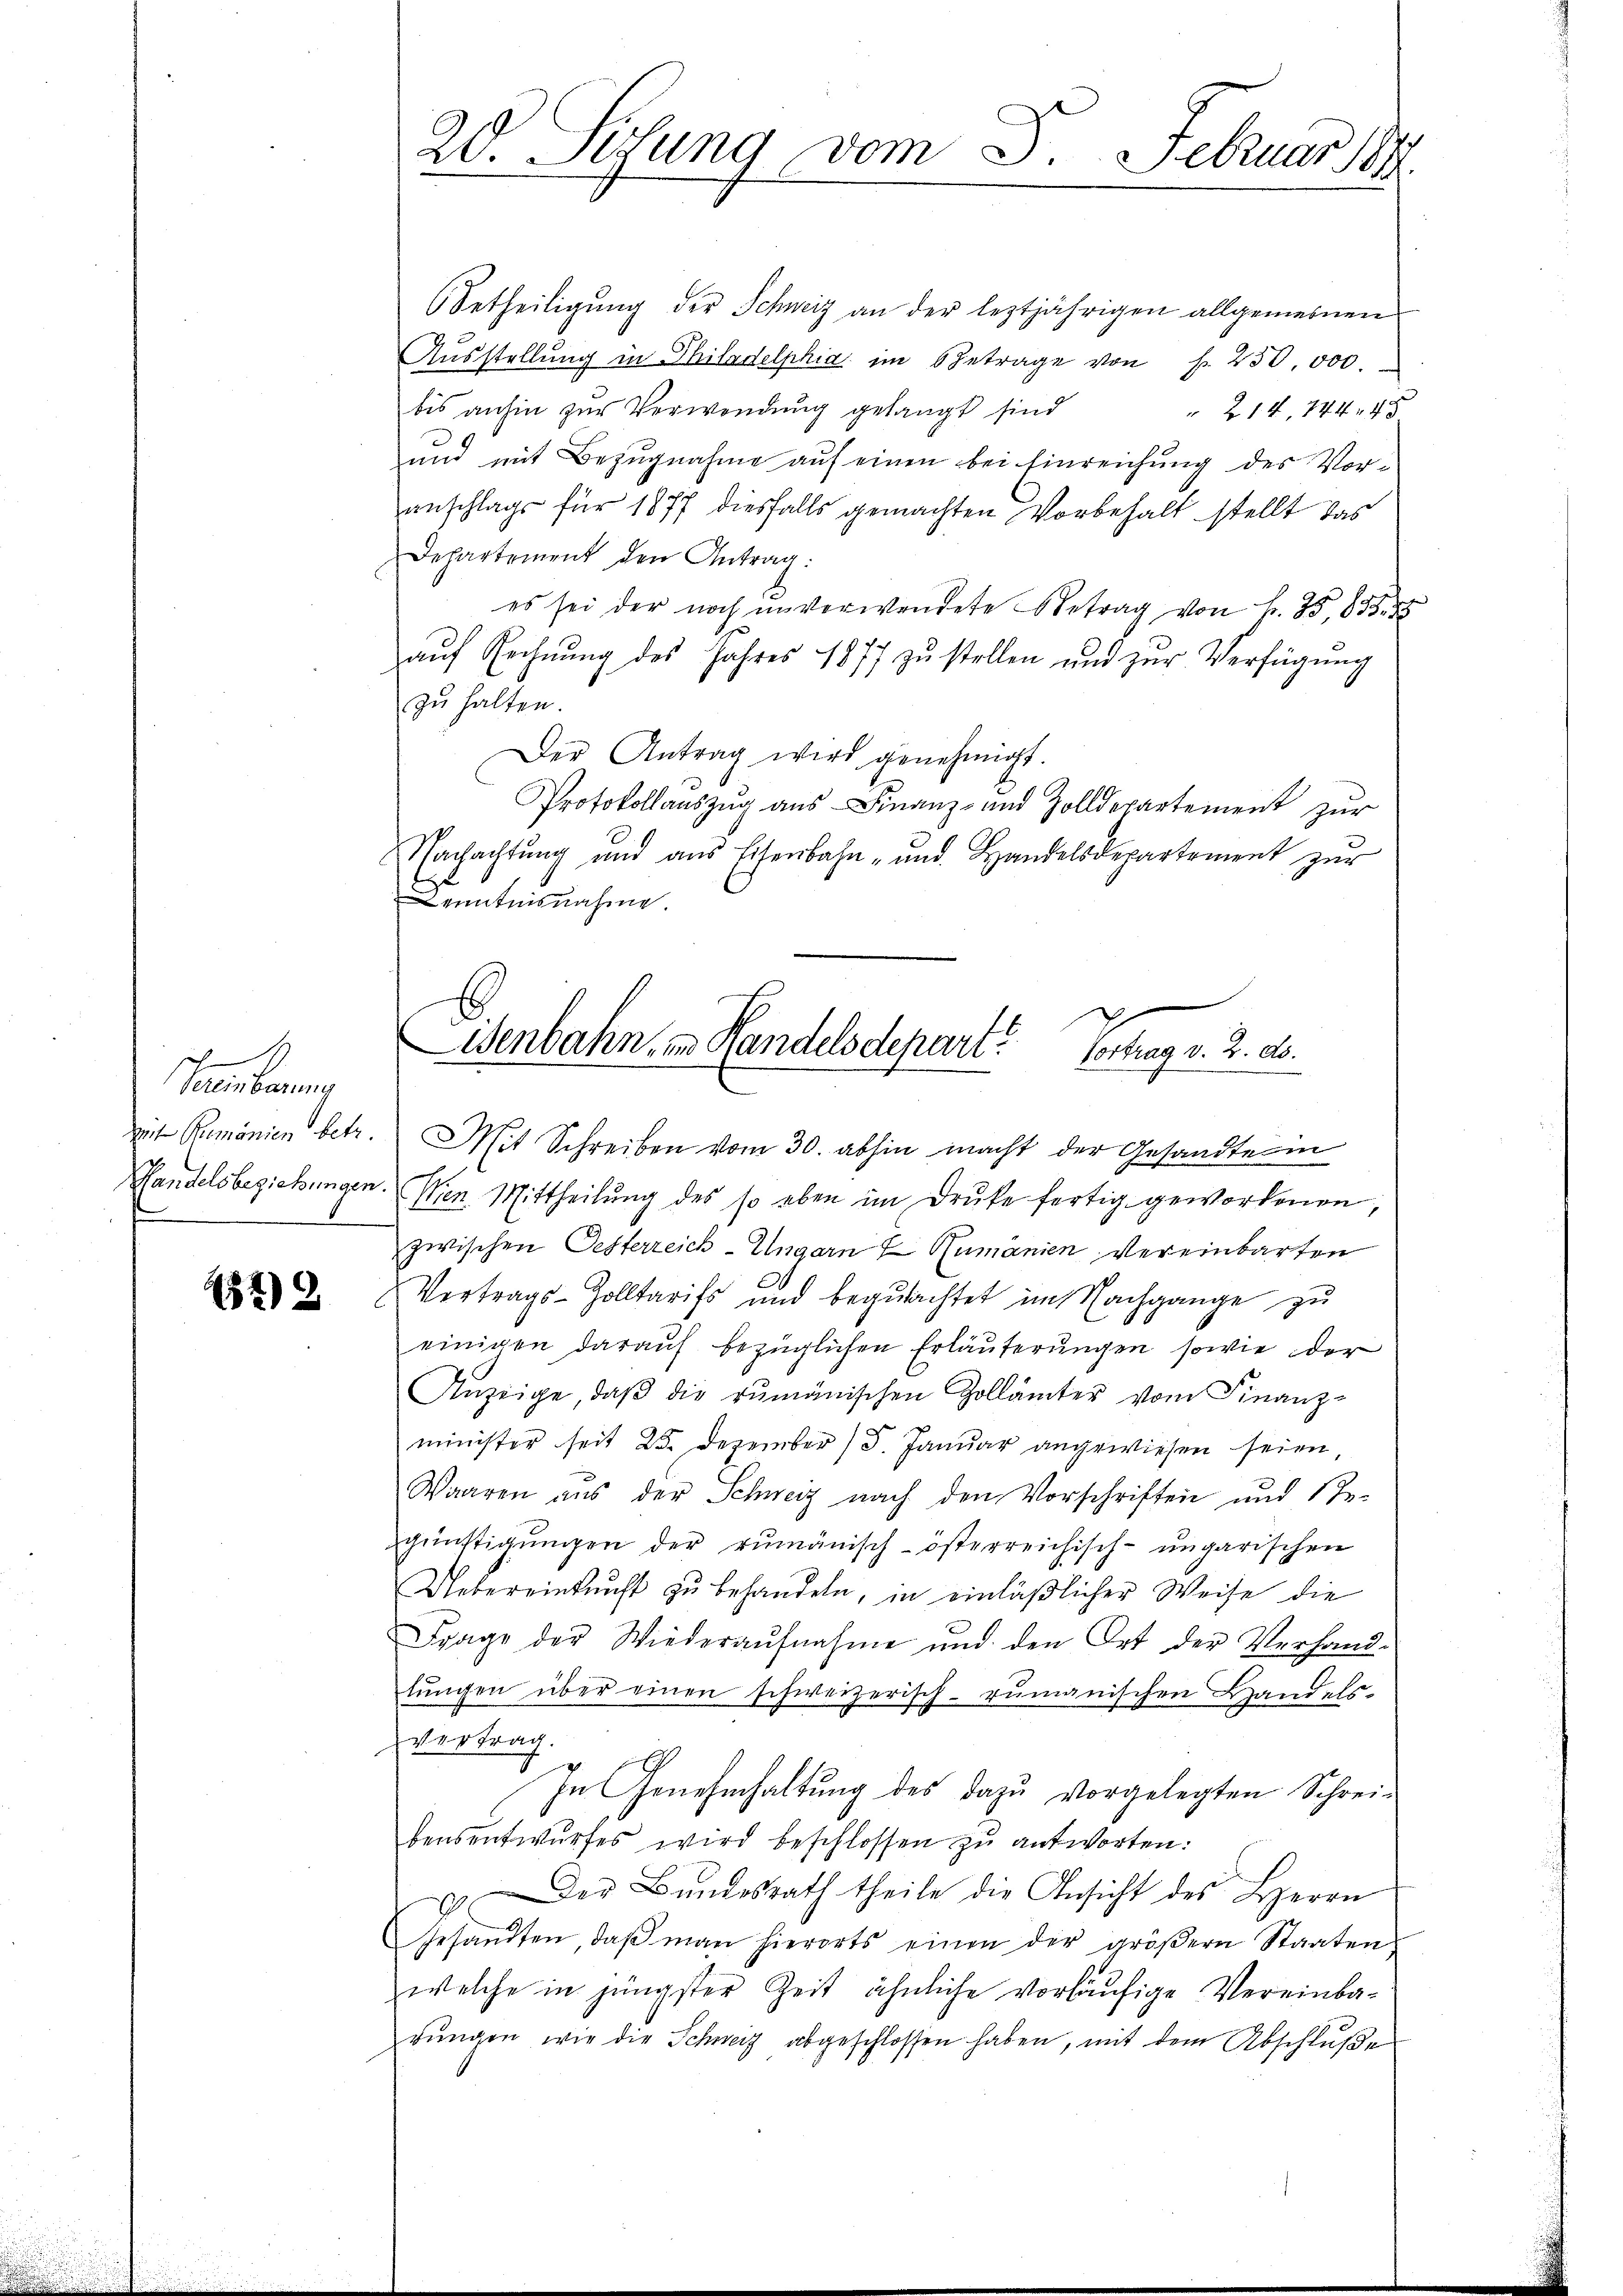
ich
Vereinbarung
Zeit Remonien betr
Handelsbeziehungen

87)

20. Sedung vom 3. Februar 1899

Betheiligung der Schweiz an der leztjährigen allgemeinen
Ausstellung in Philadelphia im Betrage von P. 250,000.
bis anhin zur Verwendung gelangt sind
 214, 744. 45
und mit Bezŭgnahme aŭf einen bei Einreichung des Voranschlags für 1877 diesfalls gemachten Vorbehalt stellt das
Departement den Antrag:
es sei der noch unverwendete Betrag von f. 25,885. 55
aŭf Rechnŭng des Jahres 1877 zŭ stellen und zŭr Verfügung
zu halten.
Der Antrag wird genehmigt.
Protokollauszug aus Finanz- und Zolldepartement zur
Nachachtŭng und aus Eisenbahn- und Handelsdepartement zŭr
Kenntnisnahme.
Mit Schreiben vom 30. abhin macht der Gesandte in
Men Mittheilŭng des so eben im Druke fertig gewordenen,
zwischen Oesterreich-Ungarn & Rumänien Vereinbarten
Vertrags-Zolltarifs und begutachtet im Nachgange zu
einigen darauf bezüglichen Erläuferungen sowie der
Anzeige, daβ die rumänischen Zollämter vom Finanz-
minister seit 25. Dezember / 5. Janŭar angewiesen seien
Waaren aus der Schweiz nach den Vorschriften und Ste-
günstigŭngen der rumänisch-österreichisch-ungarischen
Uebereinkunft zŭ behandeln, in einläßlicher Weise die
Frage der Wiederaŭfnahme und den Ort der Verhand-
lŭngen über einen schweizerisch-rumänischen Handels-
Vertrag.
In Genehmhaltung des dazu vorgelegten Schrei-
bensentwurfes wird beschlossen zu antworten:
Der Bŭndesrath theile die Ansicht des Herrn
Gesandten, daβ man hierorts einen der gröβern Staaten
welche in jüngster Zeit ähnliche vorläufige Vereinbadŭngen, wie die Schweiz abgeschlossen haben, mit dem Abschluße

isenbahn in Handelsdepart? Vortrag v. 2. ab.